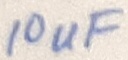
Text: 10uF